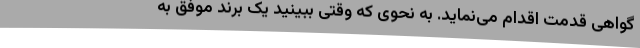
گواهی قدمت اقدام می‌نماید. به نحوی که وقتی ببینید یک برند موفق به